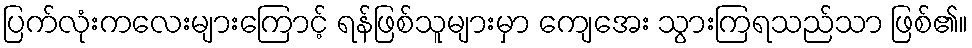
ပြက်လုံးကလေးများကြောင့် ရန်ဖြစ်သူများမှာ ကျေအေး သွားကြရသည်သာ ဖြစ်၏။